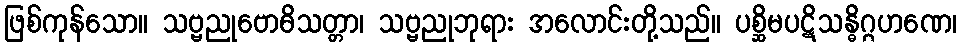
ဖြစ်ကုန်သော။ သဗ္ဗညုဗောဓိသတ္တာ၊ သဗ္ဗညုဘုရား အလောင်းတို့သည်။ ပစ္ဆိမပဋိသန္ဓိဂ္ဂဟဏေ၊